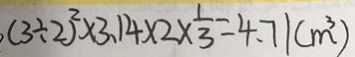
( 3 \div 2 ) ^ { 2 } \times 3 . 1 4 \times 2 \times \frac { 1 } { 3 } = 4 . 7 1 ( m ^ { 3 } )